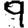
Digit: 9